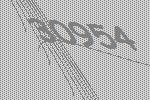
30954